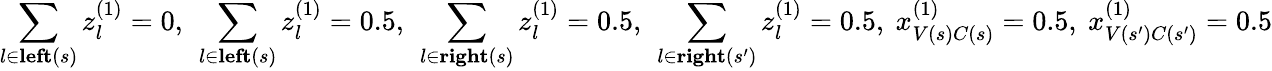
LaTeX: \sum_{l\in\textbf{left}(s)}z_{l}^{(1)}=0,~\sum_{l\in\textbf{left}(s)}z_{l}^{(1)}=0.5,~\sum_{l\in\textbf{right}(s)}z_{l}^{(1)}=0.5,~\sum_{l\in\textbf{right}(s^{\prime})}z_{l}^{(1)}=0.5,~x_{V(s)C(s)}^{(1)}=0.5,~x_{V(s^{\prime})C(s^{\prime})}^{(1)}=0.5